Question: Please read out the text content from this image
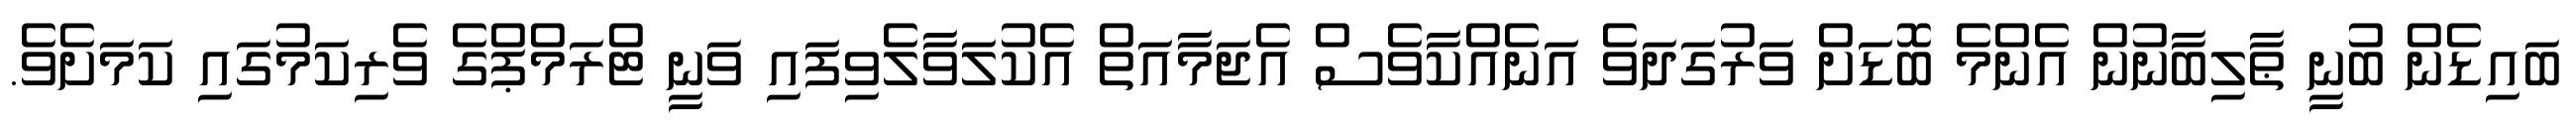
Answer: ބައިޑެން ބުނީ ޠާލިބާނުން އެންމެ ބޮޑަށް ވަރުގަދަވެ އަނެއްކާވެސް އެޖަމާއަތް އެކުލަވާލެވިފައި ވަނީ ޓްރަމްޕްގެ ވެރިކަމުގައި ކަމަށެވެ.